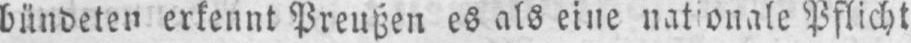
bündeten erkennt Preußen es als eine nationale Pflicht